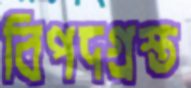
বিপদগ্রস্ত